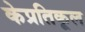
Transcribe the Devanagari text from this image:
केप्रतिकूल